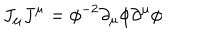
J _ { \mu } J ^ { \mu } = \phi ^ { - 2 } \partial _ { \mu } \phi \partial ^ { \mu } \phi